Outbreak of cholera in the village of Akhoree, in the Mirzapore district
Disease focus: Cholera
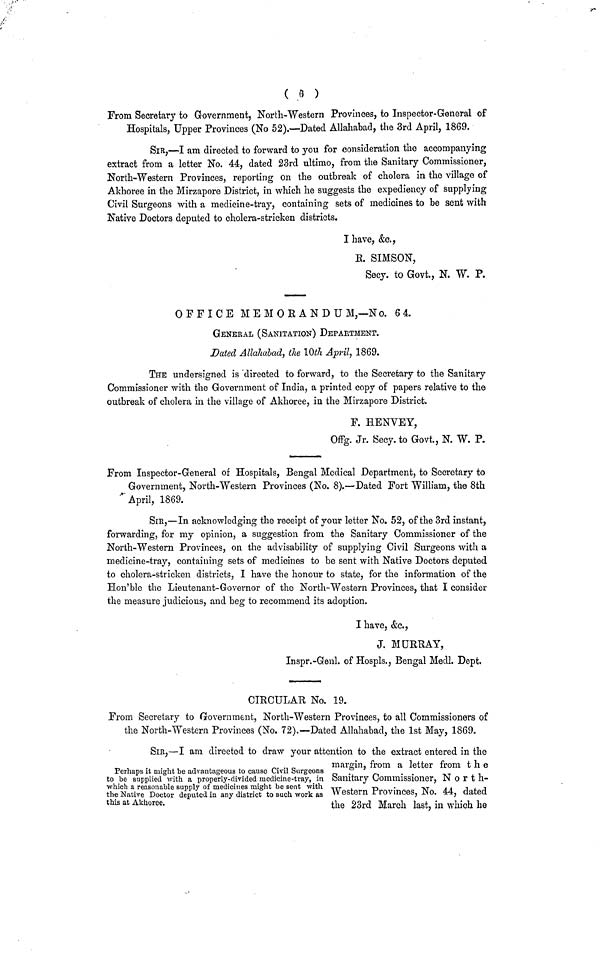
( B )
From Secretary to Government, North-Western Provinces, to Inspector-General of
Hospitals, Upper Provinces (No 52).—Dated Allahabad, the 3rd April, 1869.
SIR,—I am directed to forward to you for consideration the accompanying
extract from a letter No. 44, dated 23rd ultimo, from the Sanitary Commissioner,
North-Western Provinces, reporting on the outbreak of cholera in the village of
Akhoree in the Mirzapore District, in which he suggests the expediency of supplying
Civil Surgeons with a medicine-tray, containing sets of medicines to be sent with
Native Doctors deputed to cholera-stricken districts.
I have, &c.,
R. SIMSON,
Secy. to Govt., N. W. P.
OFFICE MEMORANDUM,—No. 6 4.
GENERAL (SANITATION) DEPARTMENT.
Dated Allahabad, the 10th April, 1869.
THE undersigned is directed to forward, to the Secretary to the Sanitary
Commissioner with the Government of India, a printed copy of papers relative to the
outbreak of cholera in the village of Akhoree, ill the Mirzapore District.
F. HENVEY,
Offg. Jr. Secy. to Govt., N. W. P.
From Inspector-General of Hospitals, Bengal Medical Department, to Secretary to
Government, North-Western Provinces (No. 8).—Dated Fort William, the 8th
April, 1869.
SIR,—In acknowledging the receipt of your letter No. 52, of the 3rd instant,
forwarding, for my opinion, a suggestion from the Sanitary Commissioner of the
North-Western Provinces, on the advisability of supplying Civil Surgeons with a
medicine-tray, containing sets of medicines to be sent with Native Doctors deputed
to cholera-stricken districts, I have the honour to state, for the information of the
Hon'ble the Lieutenant-Governor of the North-Western Provinces, that I consider
the measure judicious, and beg to recommend its adoption.
I have, &c.,
J. MURRAY,
Inspr.-Genl. of Hospls., Bengal Medl. Dept.
CIRCULAR No. 19.
From Secretary to Government, North-Western Provinces, to all Commissioners of
the North-Western Provinces (No. 72).—Dated Allahabad, the 1st May, 1869.
SIR,—I am directed to draw your attention to the extract entered in the
margin,
from a letter from the
Perhaps it might be advantageous to cause Civil Surgeons
to be supplied with a properly-divided medicine-tray, in Sanitary Commissioner, North-
which a reasonable supply of medicines might be sent with the Native Doctor deputed in any district to such work as western Provinces, No. 4
this at Akhoree.
the
23rd
March last, in which he